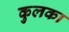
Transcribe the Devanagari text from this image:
कुलका